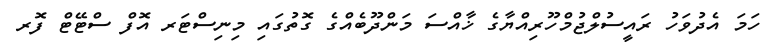
ހަމަ އެދުވަހު ރައީސުލްޖުމްހޫރިއްޔާގެ ޚާއްސަ މަންދޫބެއްގެ ގޮތުގައި މިނިސްޓަރ އޮފް ސްޓޭޓް ފޮރ